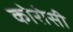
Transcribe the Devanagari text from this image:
कोरोसी